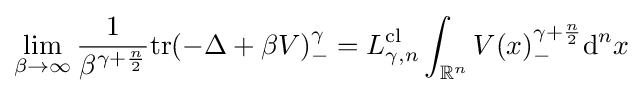
\lim _{\beta \to \infty }{\frac {1}{\beta ^{\gamma +{\frac {n}{2}}}}}\mathrm {tr} (-\Delta +\beta V)_{-}^{\gamma }=L_{\gamma ,n}^{\mathrm {cl} }\int _{\mathbb {R} ^{n}}V(x)_{-}^{\gamma +{\frac {n}{2}}}\mathrm {d} ^{n}x